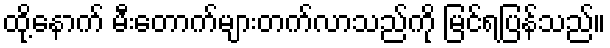
ထို့နောက် မီးတောက်များတက်လာသည်ကို မြင်ရပြန်သည်။